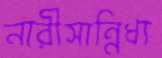
নারীসান্নিধ্য